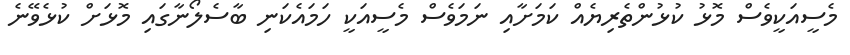
މެސީއަކީވެސް މޮޅު ކުޅުންތެރިޔެއް ކަމަށާއި ނަމަވެސް މެސީއަކީ ހަމައެކަނި ބާސެލޯނާގައި މޮޅަށް ކުޅެވޭނެ